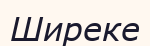
Ширеке